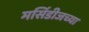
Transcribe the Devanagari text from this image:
मर्सिडीजच्या